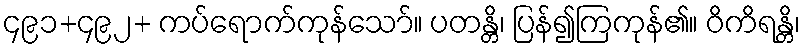
၄၉၁+၄၉၂+ ကပ်ရောက်ကုန်သော်။ ပတန္တိ၊ ပြန်၍ကြကုန်၏။ ဝိကိရန္တိ၊